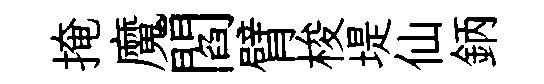
掩魔閻臂梭堤仙鈵